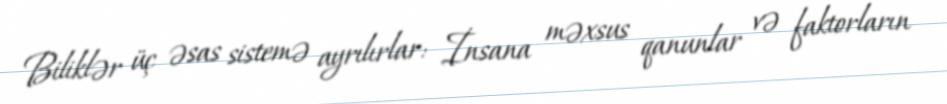
Biliklər üç əsas sistemə ayrılırlar: İnsana məxsus qanunlar və faktorların